Studies on the mouth parts a Comparative anatomy of the proboscis in the blood-sucking muscidae - Number 60
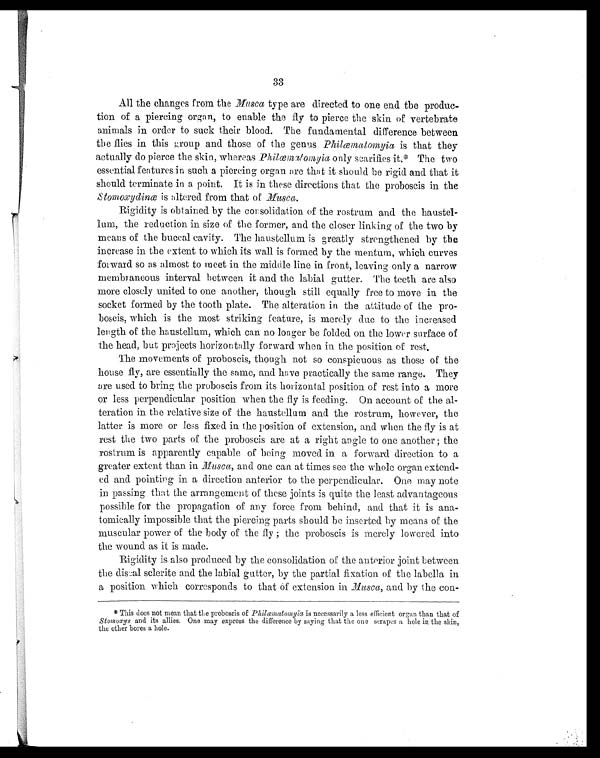
33
All the changes from the Musca type are directed to one end the produc-
tion of a piercing organ, to enable the fly to pierce the skin of vertebrate
animals in order to suck their blood. The fundamental difference between
the flies in this group and those of the genus Philæmatomyia is that they
actually do pierce the skin, whereas Philæmatomyia only scarifies it.* The two
essential features in such a piercing organ are that it should be rigid and that it
should terminate in a point. It is in these directions that the proboscis in the
S tomoxydinæ is altered from that of Musca.
Rigidity is obtained by the consolidation of the rostrum and the haustel-
lum, the reduction in size of the former, and the closer linking of the two by
means of the buccal cavity. The haustellum is greatly strengthened by the
increase in the extent to which its wall is formed by the mentum, which curves
forward so as almost to meet in the middle line in front, leaving only a narrow
membraneous interval between it and the labial gutter. The teeth are also
more closely united to one another, though still equally free to move in the
socket formed by the tooth plate. The alteration in the attitude of the pro-
boscis. which is the most striking feature, is merely due to the increased
length of the haustellum, which can no longer be folded on the lower surface of
the head, but projects horizontally forward when in the position of rest.
The movements of proboscis, though not so conspicuous as those of the
house fly, are essentially the same, and have practically the same range. They
are used to bring the proboscis from its horizontal position of rest into a more
or less perpendicular position when the fly is feeding. On account of the al-
teration in the relative size of the haustellum and the rostrum, however, the
latter is more or less fixed in the position of extension, and when the fly is at
rest the two parts of the proboscis are at a right angle to one another; the
rostrum is apparently capable of being moved in a forward direction to a
greater extent than in Musca, and one can at times see the whole organ extend-
ed and pointing in a direction anterior to the perpendicular. One may note
in passing that the arrangement of these joints is quite the least advantageous
possible for the propagation of any force from behind, and that it is ana-
tomically impossible that the piercing parts should be inserted by means of the
muscular power of the body of the fly; the proboscis is merely lowered, into
the wound as it is made.
Rigidity is also produced by the consolidation of the anterior joint between
the discal sclerite and the labial gutter, by the partial fixation of the labella in
a position which corresponds to that of extension in Musca, and by the con-
* This does not mean that the proboscis of Philæmatonyia is necessarily a less efficient organ than that of
Stomoxys and its allies. One may express the difference by saying that the one scrapes a hole in the skin,
the other bores a hole.